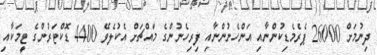
ދިނުމަށް 26000 ޕެރެމެޑިކުންނާއި އަންހެނުންނާއި ފިރިހެނުންގެ މައްޗަށް އެކުލެވޭ 4400 ޑޮކްޓަރުންގެ ޓީމަކާއި